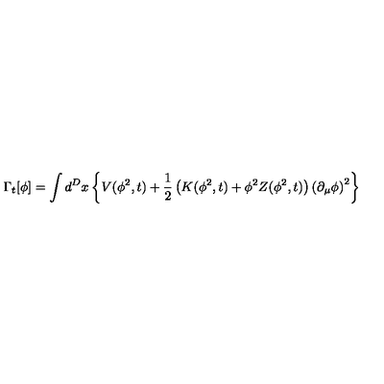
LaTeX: \Gamma _ { t } [ \phi ] = \int d ^ { D } x \left\{ V ( \phi ^ { 2 } , t ) + \frac { 1 } { 2 } \left( K ( \phi ^ { 2 } , t ) + \phi ^ { 2 } Z ( \phi ^ { 2 } , t ) \right) \left( \partial _ { \mu } \phi \right) ^ { 2 } \right\}